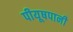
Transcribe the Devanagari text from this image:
पीयूषपानी